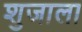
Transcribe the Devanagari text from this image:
शुजाला